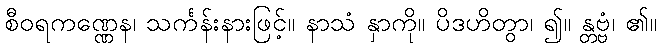
စီဝရကဏ္ဏေန၊ သင်္ကန်းနားဖြင့်။ နာသံ နှာကို။ ပိဒဟိတွာ၊ ၍။ န္တဗ္ဗံ၊ ၏။